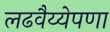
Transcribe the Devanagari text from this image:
लढवैय्येपणा